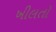
ખીલતો